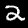
Label: 2